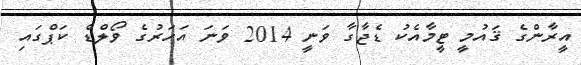
އީރާންގެ ޤައުމީ ޓީމާއެކު ޑެޖާގާ ވަނީ 2014 ވަނަ އަހަރުގެ ވޯލްޑް ކަޕްގައި